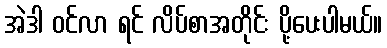
အဲဒါ ဝင်လာ ရင် လိပ်စာအတိုင်း ပို့ပေးပါမယ်။